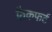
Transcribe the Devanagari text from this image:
फ्रैकफर्ट